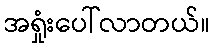
အရှုံးပေါ်လာတယ်။